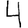
Digit: 4